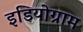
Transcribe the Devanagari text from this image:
इडियोग्राम